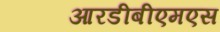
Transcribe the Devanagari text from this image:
आरडीबीएमएस